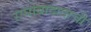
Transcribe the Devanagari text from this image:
राघोबादादाची